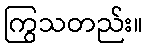
ကြွသတည်း။